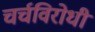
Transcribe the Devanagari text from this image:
चर्चविरोधी